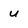
Character: u